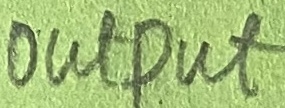
Text: OUTPUT